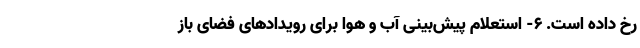
رخ داده است. ۶- استعلام پیش‌بینی آب و هوا برای رویدادهای فضای باز